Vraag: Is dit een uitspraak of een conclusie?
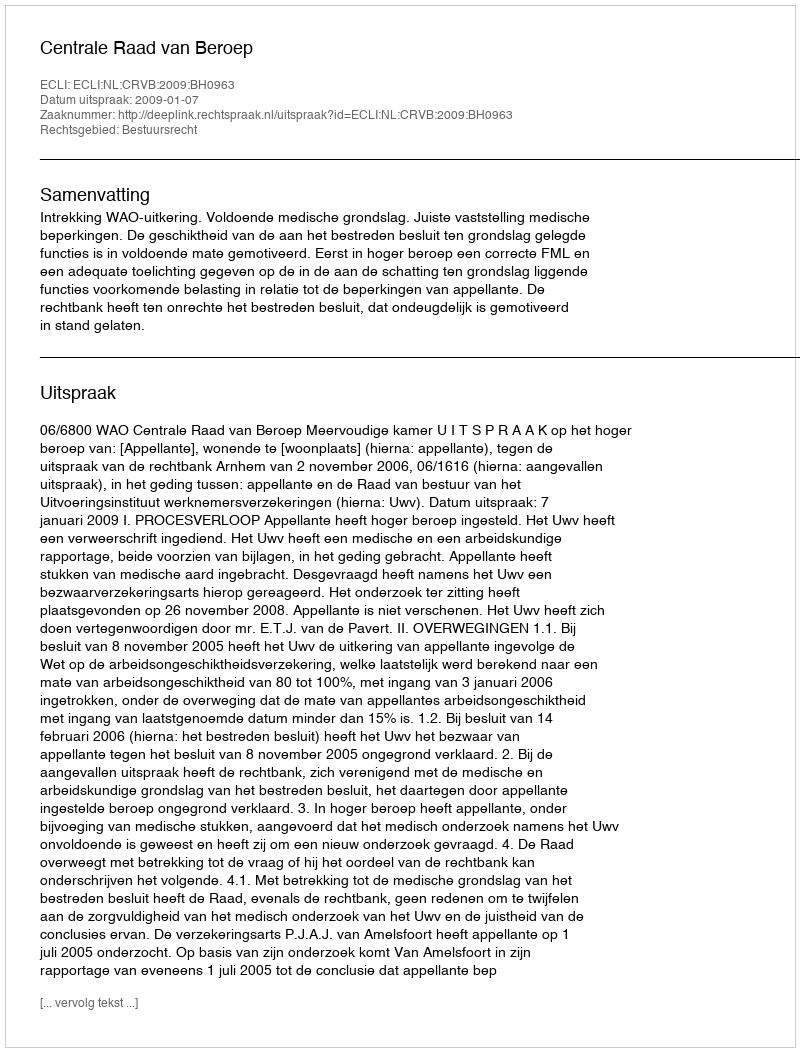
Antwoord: Uitspraak